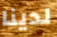
لدينا